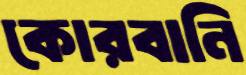
কোরবানি